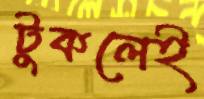
টুকলেই